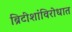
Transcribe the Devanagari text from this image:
ब्रिटीशांविरोधात